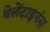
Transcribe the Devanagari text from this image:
वेलेंटाइनंस